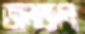
জলজান